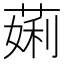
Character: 𬝲